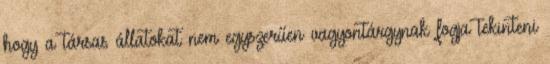
hogy a társas állatokat nem egyszerűen vagyontárgynak fogja tekinteni